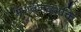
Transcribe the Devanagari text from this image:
भगवनदभक्ति